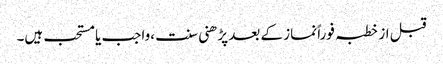
قبل از خطبہ فوراً نماز کے بعد پڑھنی سنت ،واجب یا مستحب ہیں۔